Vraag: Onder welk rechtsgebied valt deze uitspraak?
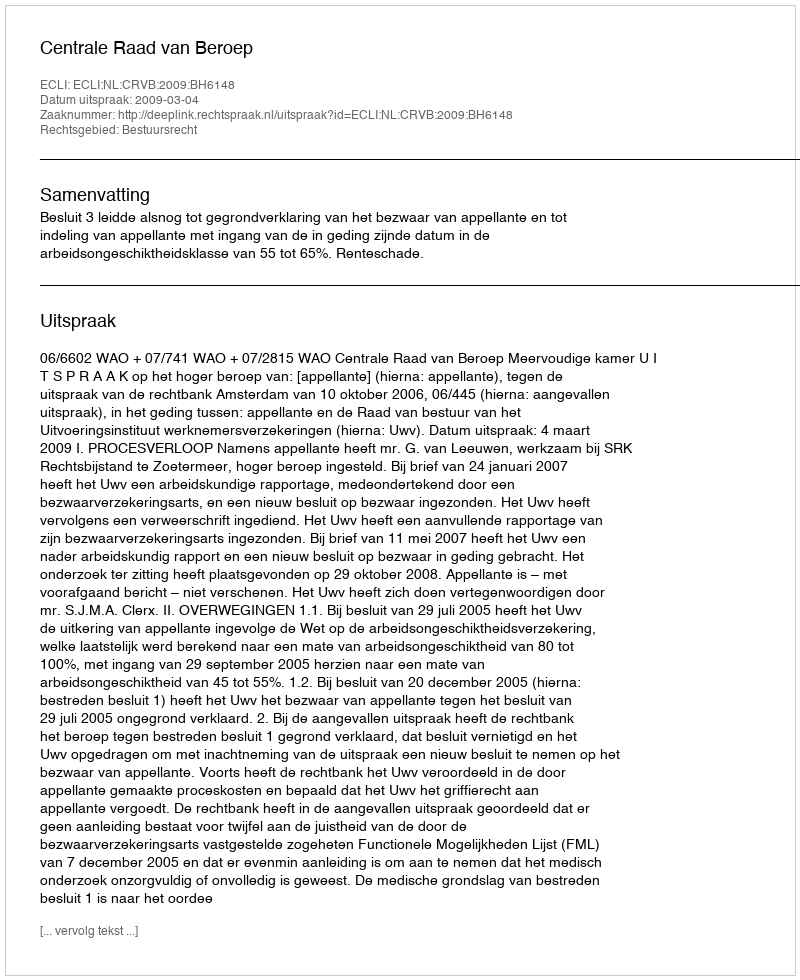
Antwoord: Bestuursrecht